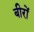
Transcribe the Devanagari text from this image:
बीरों